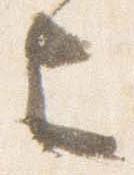
上